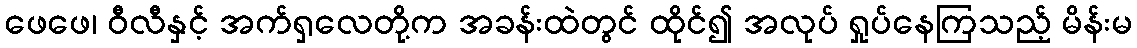
ဖေဖေ၊ ဝီလီနှင့် အက်ရှလေတို့က အခန်းထဲတွင် ထိုင်၍ အလုပ် ရှုပ်နေကြသည့် မိန်းမ